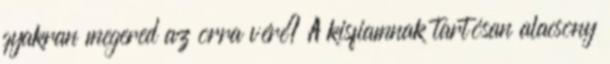
gyakran megered az orra vére? A kisfiamnak tartósan alacsony